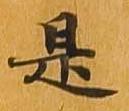
是